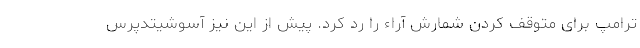
ترامپ برای متوقف کردن شمارش آراء را رد کرد. پیش از این نیز آسوشیتدپرس